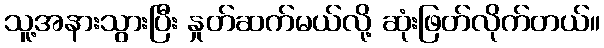
သူ့အနားသွားပြီး နှုတ်ဆက်မယ်လို့ ဆုံးဖြတ်လိုက်တယ်။